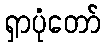
ရှာပုံတော်